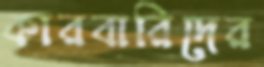
কারবারিদের